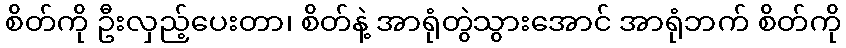
စိတ်ကို ဦးလှည့်ပေးတာ၊ စိတ်နဲ့ အာရုံတွဲသွားအောင် အာရုံဘက် စိတ်ကို